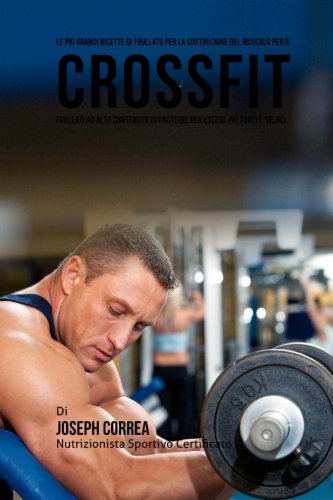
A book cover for Le piu grandi ricette di frullato per la costruzione del muscolo per il CrossFit: Frullati ad alto contenuto di proteine per essere piu forti e veloci (Italian Edition); Joseph Correa (Nutrizionista Sportivo Certificato); Sports & Outdoors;